Report on the working of the Ranchi Indian Mental Hospital, Kanke, in Bihar and Orissa - 1930-1940
Year: 1930
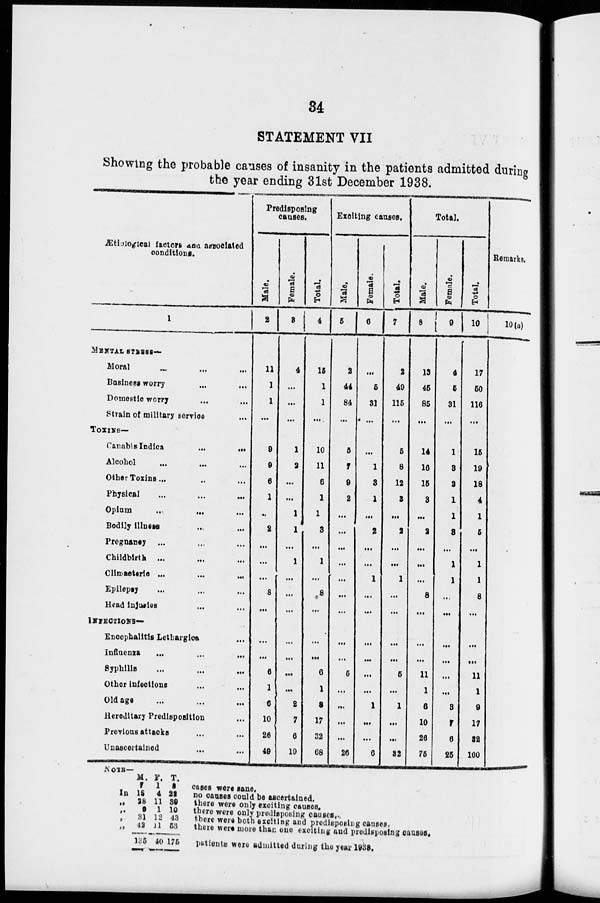
34
STATEMENT VII
Showing the probable causes of insanity in the patients admitted during
the year ending 31st December 1938.
Ætiological factors and associated
conditions.
1
MENTAL STRESS—
Moral ... ... ...
Business worry
...
...
Domestic worry ... ...
Strain of military service ...
TOXINS—
Canabis Indica
...
...
Alcohol ... ... ...
Other Toxins... ... ...
Physical ... ... ...
Opium ... ... ...
Bodily illness ... ...
Pregnancy ... ... ...
Childbirth ... ... ...
Climacteric
...
...
...
Epilepsy ... ... ...
Head injuries ... ...
INFECTIONS—
Encephalitis Lethargica ...
Influenza
...
...
...
Syphilis ... ... ...
Other infections ... ...
Old age ... ... ...
Hereditary Predisposition ...
Previous attacks ... ...
Unascertained ... ...
Predisposing
causes.
Male.
2
11
1
1
...
9
9
6
1
...
2
...
...
...
8
...
...
...
6
1
6
10
26
49
Female.
3
4
...
...
...
1
2
...
...
1
1
...
1
...
...
...
...
...
...
...
2
7
6
19
Total.
4
15
1
1
....
10
11
6
1
1
3
...
1
...
8
...
...
...
6
1
8
17
32
68
Exciting causes.
Male.
5
2
44
84
...
5
7
9
2
...
...
...
...
...
...
...
...
...
5
...
...
...
...
26
Female.
6
...
5
31
...
...
1
3
1
...
2
...
...
1
...
...
...
...
...
...
1
...
...
6
Total.
7
2
49
116
...
5
8
12
3
...
2
...
...
1
...
...
...
...
5
...
1
...
...
32
Total.
Male.
8
13
45
85
...
14
16
15
3
...
2
...
...
...
8
...
...
...
11
1
6
10
26
75
Female.
9
4
5
31
...
1
3
3
1
1
3
...
1
1
...
...
...
...
...
...
3
7
6
25
Total.
10
17
50
116
...
15
19
18
4
1
5
...
1
1
8
...
...
...
11
1
9
17
32
100
Remarks.
10(a)
NOTE —
In
„
„
„
„
M.
7
18
28
9
31
42
135
F.
1
4
11
1
12
11
40
T.
8
22
39
10
43
53
175
cases were sane.
no causes could be ascertained.
there were only exciting causes.
there were only predisposing causes.
there were both exciting and predisposing causes.
there were more than one exciting and predisposing causes.
patients were admitted during the year 1938.